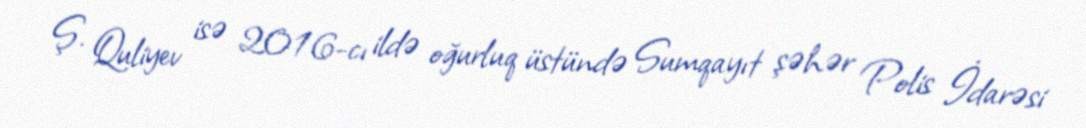
Ş. Quliyev isə 2016-cı ildə oğurluq üstündə Sumqayıt şəhər Polis İdarəsi